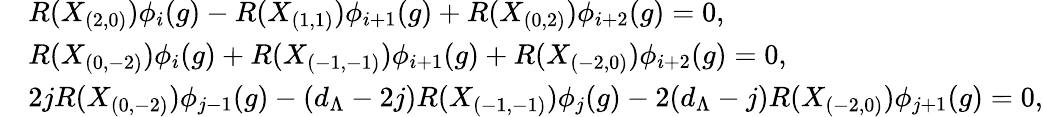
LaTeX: \begin{array}{rl}&{R(X_{(2,0)})\phi_{i}(g)-R(X_{(1,1)})\phi_{i+1}(g)+R(X_{(0,2)})\phi_{i+2}(g)=0,}\\ &{R(X_{(0,-2)})\phi_{i}(g)+R(X_{(-1,-1)})\phi_{i+1}(g)+R(X_{(-2,0)})\phi_{i+2}(g)=0,}\\ &{2jR(X_{(0,-2)})\phi_{j-1}(g)-(d_{\Lambda}-2j)R(X_{(-1,-1)})\phi_{j}(g)-2(d_{\Lambda}-j)R(X_{(-2,0)})\phi_{j+1}(g)=0,}\end{array}